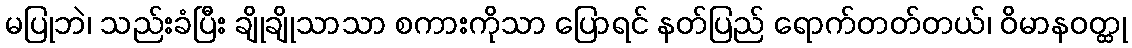
မပြုဘဲ၊ သည်းခံပြီး ချိုချိုသာသာ စကားကိုသာ ပြောရင် နတ်ပြည် ရောက်တတ်တယ်၊ ဝိမာနဝတ္ထု